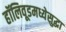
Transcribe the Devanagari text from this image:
हॉलिवूडमध्येसुद्धा